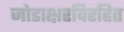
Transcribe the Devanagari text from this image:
जोडाक्षरविरहित